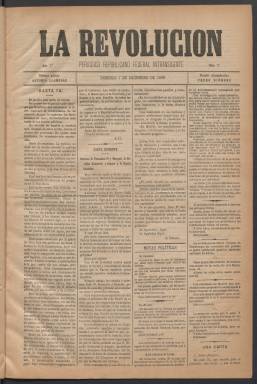
Título: La Revolución (Madrid. 1890)
Colección: Periódicos
Ámbito geográfico: Madrid
Lugar de publicación: Madrid
Fechas: 07/12/1890-26/02/1891